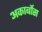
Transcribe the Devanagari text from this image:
अकार्बोस